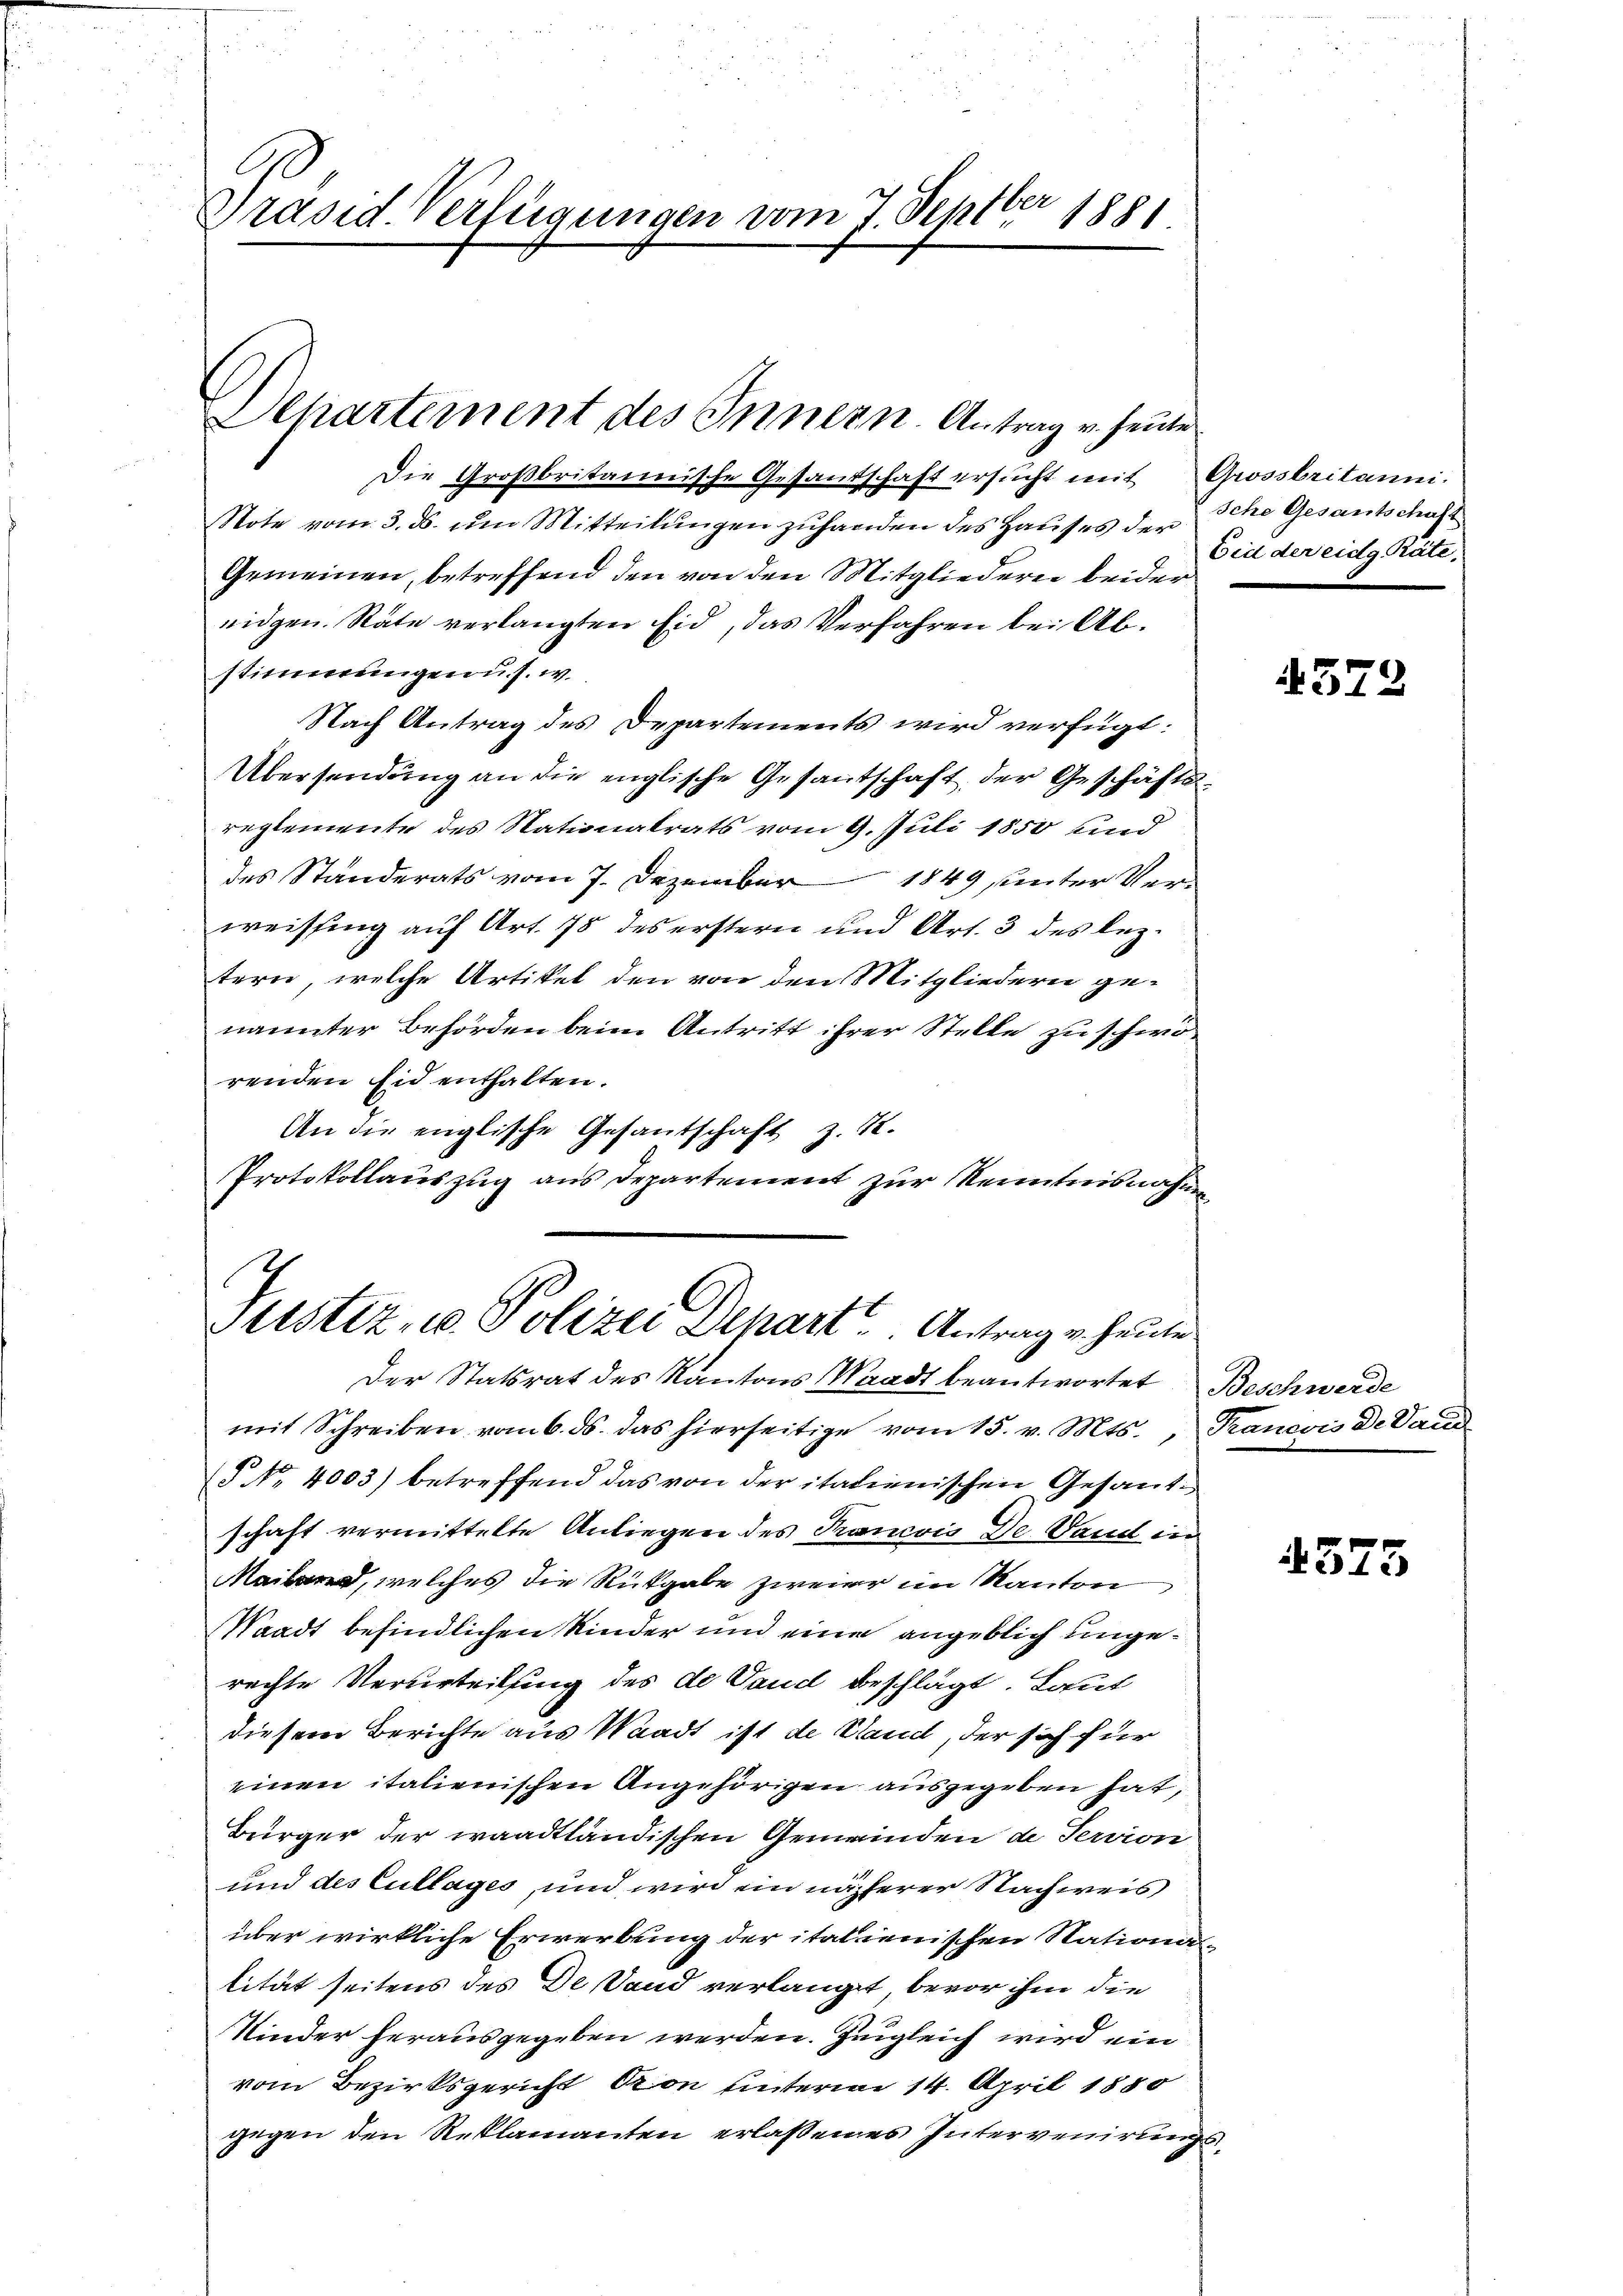
Präsid. Verfügungen vom 7. Septber 1881.

Dehartement des Innern. Antrag v. heute

Die Großbritannische Gesandschaft ersucht mit Grossbritanni.
Note vom 3. ds. um Mitteilungen zuhanden des Hauses der che Gesantschaft
Gemeinen, betreffend den von den Mitgliedern beider
eidgen. Räte verlangten Eid, das Verfahren bei Abstimmungen u. s. w.
Nach Antrag des Departements wird verfügt:
Übersendung an die englische Gesantschaft der Geschäfts-
reglemente des Nationalrats vom 9. Juli 1850 und
des Ständerats vom 7. Dezember 1849 unter Verweissing auf Art. 75 des erstern und Art. 3 des leztern, welche Artikel den von den Mitgliedern genannter Behörden beim Antritt ihrer Stelle zu scheirenden Eid enthalten.
An die englische Gesantschaft z. R.
Protokollauszug aus Departement zur Kenntnisnahm

Geistiz, u. Polizei Depart. Antrag v. heute

Eid der eidg. Päte,

Der Statsrat des Kantons Waadt beantwortet Beschwerde
mit Schreiben vom 6. ds. das hierseitige vom 15. v. Mts., Francois De Vaud
§ NNo. 4003) betreffend das von der italienischen Gesandschaft vermittelte Anliegen des Krancois De Vand in
Mailand, welches die Rückgabe zweier im Kanton
Waadt befindlichen Kinder und eine angeblich ungerachte Verurteilung des de Vand beschlägt. Laut
diesem Berichte aus Waadt ist de Stand, der sich für
einen italienischen Angehörigen ausgegeben hat,
Bürger der waadtländischen Gemeinden de Servion
und des Cullages, und wird ein näherer Nachweis
über wirkliche Erwerbung der italienischen Stationas
lität seitens des De Sand verlangt, bevor ihm die
Kinder herausgegeben werden. Zugleich wird ein
vom Bezirksgericht Son unterm 14. April 1880
gegen den Reklamanten erlassenes Intervenirungs¬

4572

4573